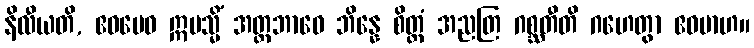
နိလီယတိ, ဧဝမေဝ ဣမသ္မိံ အတ္တဘာဝေ ဘိန္နေ စိတ္တံ အညတြ ဂစ္ဆတီတိ ဂဟေတွာ ဧဝမာဟ။